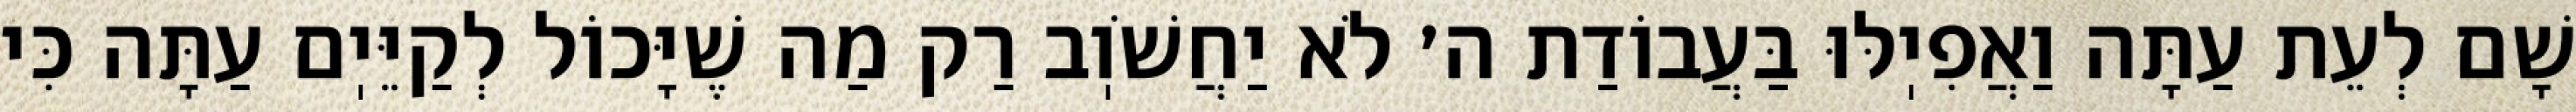
שָׁם לְעֵת עַתָּה וַאֲפִיֽלּוּ בַּעֲבוֹדַת ה׳ לֹא יַחֲשֹׁוֽב רַק מַה שֶׁיָּכוֹל לְקַיֵּיֽם עַתָּה כִּי